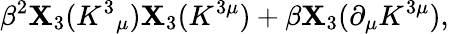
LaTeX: \beta^{2}\mathbf{X}_{3}(K^{3}{}_{\mu})\mathbf{X}_{3}(K^{3\mu})+\beta\mathbf{X}_{3}(\partial_{\mu}K^{3\mu}),